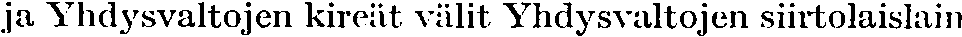
ja Yhdysvaltojen kireät välit Yhdysvaltojen siirtolaislain